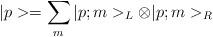
LaTeX: \begin{align*}|p>=\sum_m|p;m>_L \otimes |p;m>_R\end{align*}